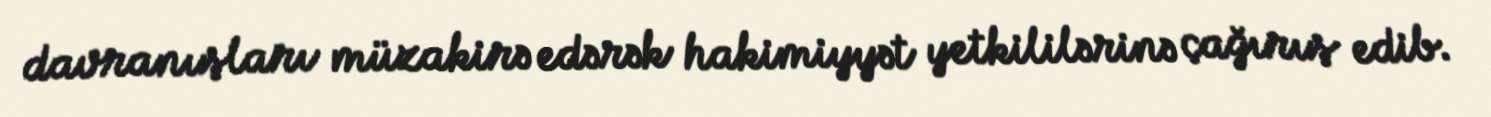
davranışları müzakirə edərək hakimiyyət yetkililərinə çağırış edib.